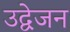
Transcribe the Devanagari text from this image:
उद्वेजन